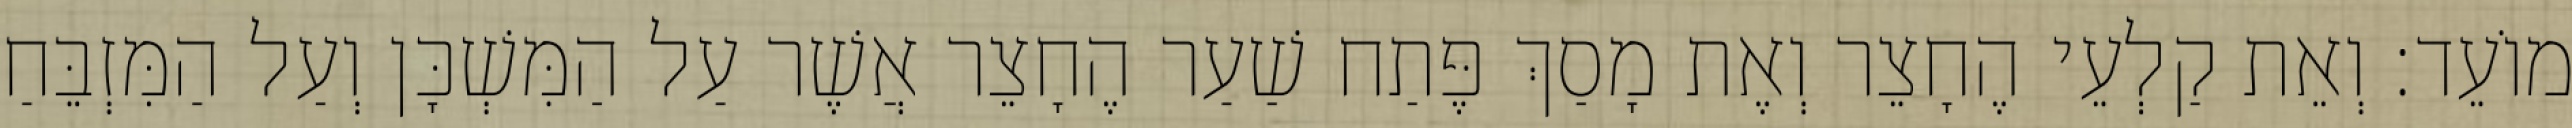
מוֹעֵד׃ וְאֵת קַלְעֵי הֶחָצֵר וְאֶת מָסַךְ פֶּתַח שַׁעַר הֶחָצֵר אֲשֶׁר עַל הַמִּשְׁכָּן וְעַל הַמִּזְבֵּחַ